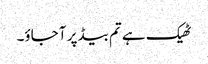
ٹھیک ہے تم بیڈ پر آ جاؤ۔